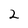
Character: 2